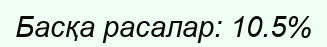
Басқа расалар: 10.5%